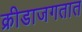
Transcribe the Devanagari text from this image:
क्रीडाजगतात